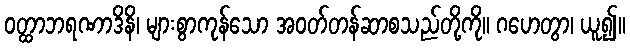
ဝတ္ထာဘရဏာဒိနိ၊ များစွာကုန်သော အဝတ်တန်ဆာစသည်တို့ကို။ ဂဟေတွာ၊ ယူ၍။